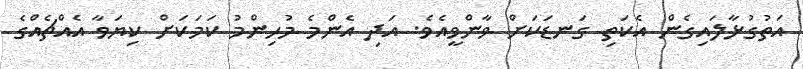
އަތުގުޅާލައިގެން އެކަތި ގަނޑަކަށް ވާންވީއެވެ. އަދި އެންމެ މުހިންމު ކަމަކަށް ކިޔަވާ އެއްޗެއްގެ